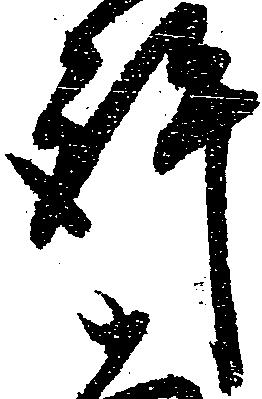
許